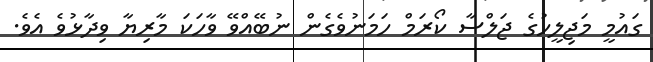
ގައުމީ މަޖިލީހުގެ ޖަލްސާ ކޯރަމް ހަމަނުވެގެން ނުބޭއްވޭ ވާހަކަ މާރިޔާ ވިދާޅުވެ އެވެ.